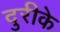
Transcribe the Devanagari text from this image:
दुरीके